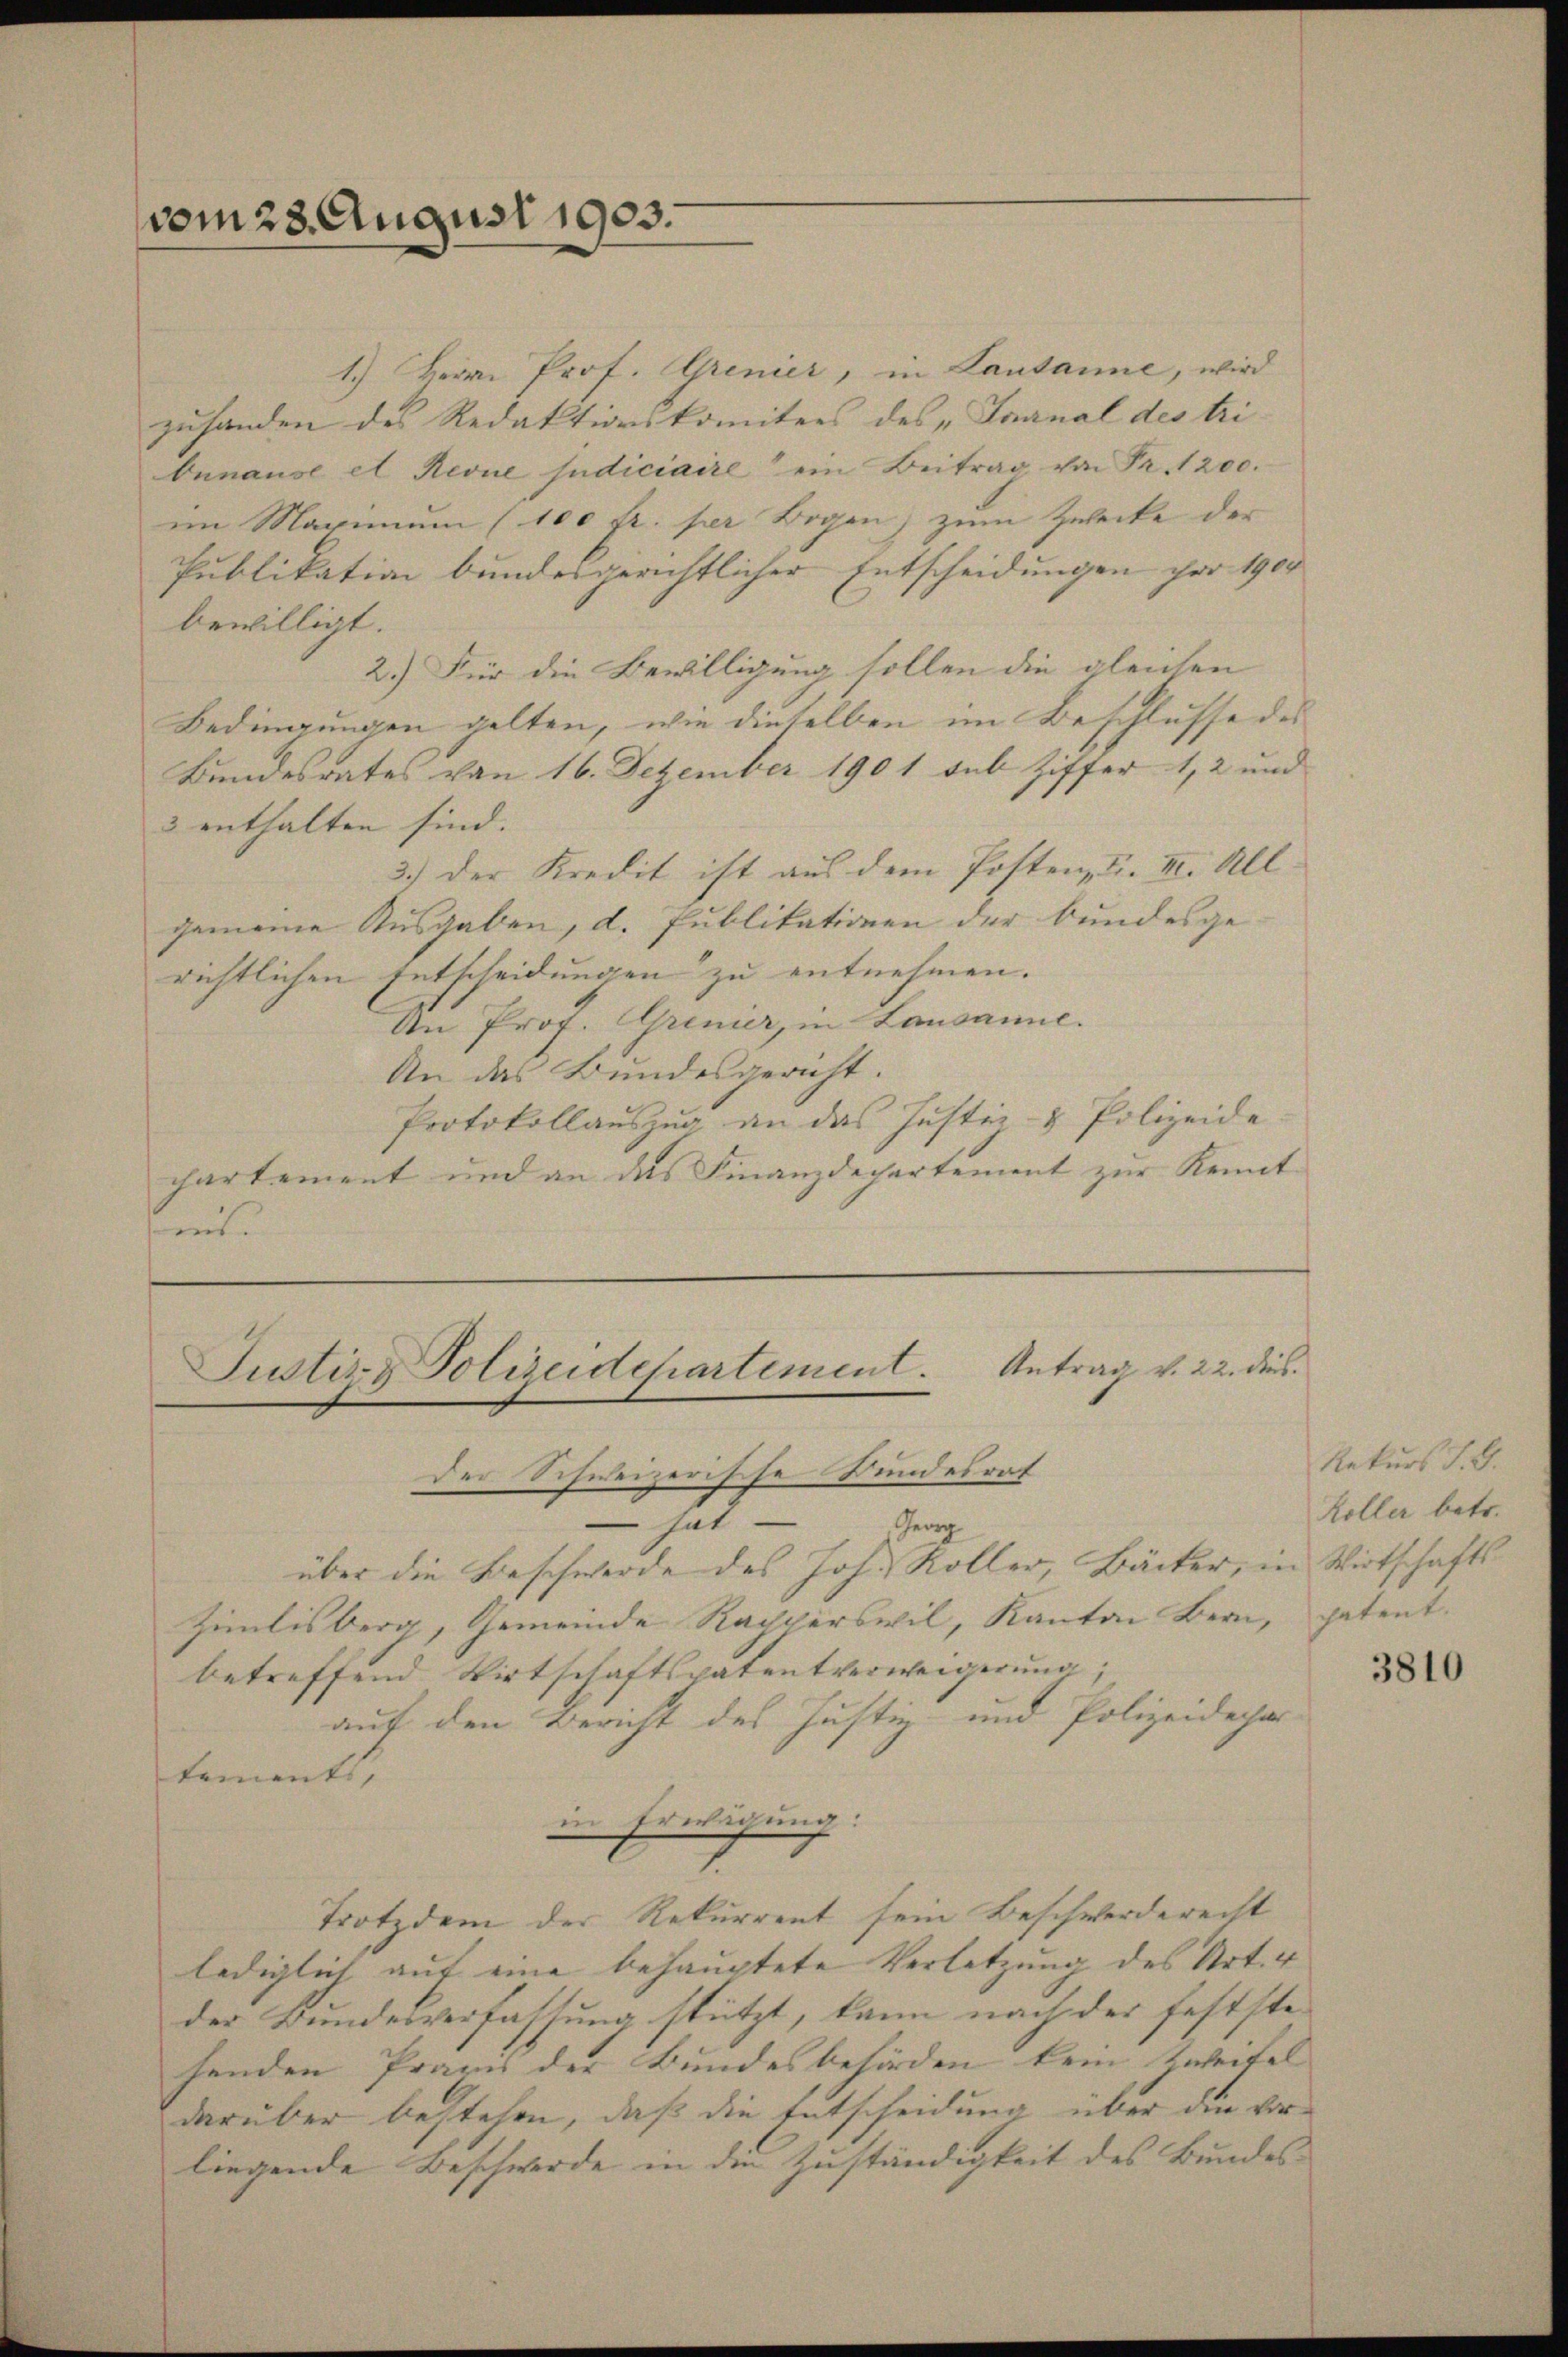
vom 23. August 1903.

1.) Herr Prof. Grenier, in Lausanne, wird
zuhanden des Redaktionskomitees des „Granal des tri
bunause et Revue judiciaire ein Beitrag von Fr. 1200.
im Maximum (100 fr. per Bogen, zum Zwecke der
Publikation bundesgerichtlicher Entscheidungen ihre 1900
bewilligt.
2.) Für die Bewilligung sollen die gleichen |
Bedingungen gelten, wie dieselben im Beschlusse des
Bundesrates von 16. Dezember 1901 sub Ziffer 1, 2 und
3 enthalten sind. |
3.) Der Kredit ist aus dem Posten, u. II. All
gemeine Ausgaben, d. Publikationen der bundesge-
richtlichen Entscheidungen zu entnehmen.
An Prof. Grenier, in Lausanne.
An das Bundesgericht.
Protokollauszug an das Justiz- & Polizeide
chartement und an das Finanzdepartement zur Kennt
ms

Antrag v. 22. dies
Justiz- & Polizeidchartement.
Der Schweizerische Stundesrat |

hat
Georg
über die Beschwerde des Joh. Koller, Bäcker, in Wirtschafts¬
Zimlisberg, Gemeinde Rapperswil, Kanton Bern, patent.
betreffend Wirtschaftspatentverweigerung,
auf den Bericht des Justiz- und Polizeidepar
tements,
in Erwägung:
Trotzdem der Rekurrent sein Beschwerderecht
lediglich auf eine behauptete Verletzung des Art. 4
der Bundesverfassung stützt, kann nach der festste
henden Praxis der Bundesbehörden kein Zweifel |
darüber bestehen, daß die Entscheidung über die vorliegende Beschwerde in die Zuständigkeit des Bundes-

Rekurs J. G.
Koller betr.

3810